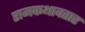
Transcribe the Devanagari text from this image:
रामकथावतार